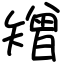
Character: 矰